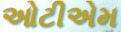
ઓટીએમ